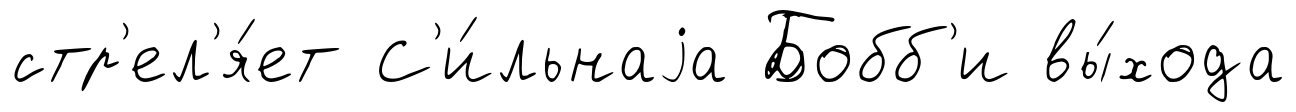
стр'ел'я́ет С'и́льнаjа Бобб'и вы́хода